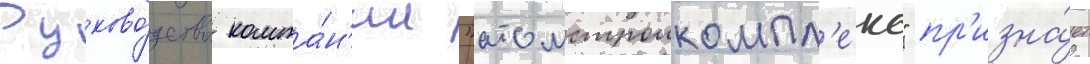
Руково́дство компа́н'ии "атомстроикомпл'екс" пр'изна́ет